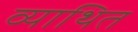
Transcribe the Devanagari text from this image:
व्याथित